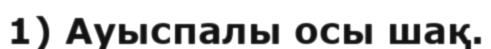
1) Ауыспалы осы шақ.